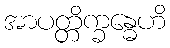
အာပတ္တိက္ခန္ဓေဟိ